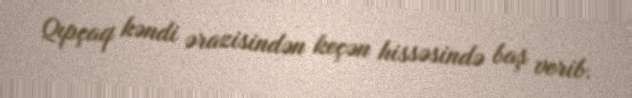
Qıpçaq kəndi ərazisindən keçən hissəsində baş verib.